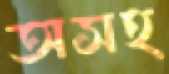
অসহ